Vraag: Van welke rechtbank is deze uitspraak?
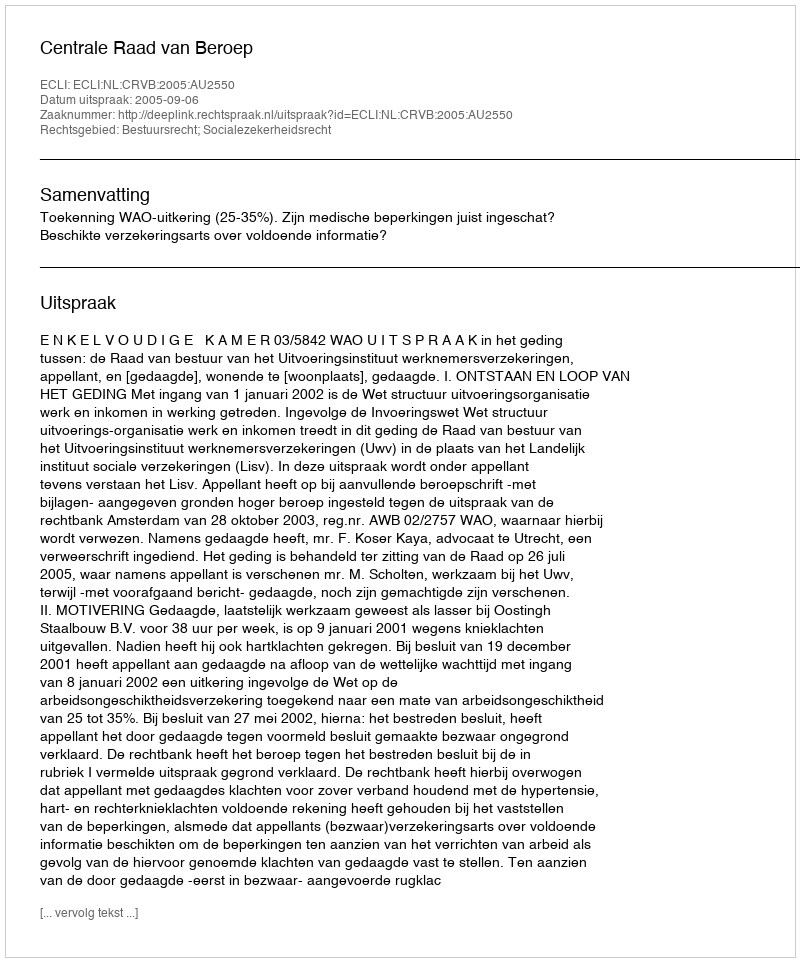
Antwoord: Centrale Raad van Beroep